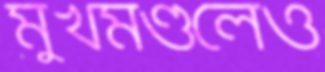
মুখমণ্ডলেও